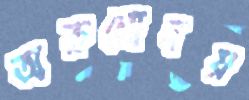
অরুণোদয়